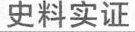
史料实证